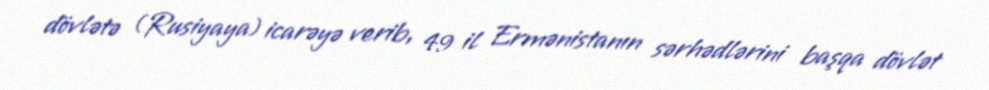
dövlətə (Rusiyaya) icarəyə verib, 49 il Ermənistanın sərhədlərini başqa dövlət